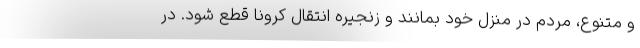
و متنوع، مردم در منزل خود بمانند و زنجیره انتقال کرونا قطع شود. در